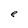
Character: e